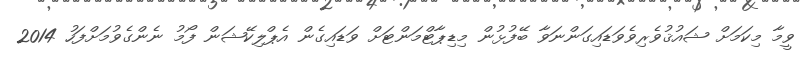
ވީމާ މިކަމަށް ޝައުޤުވެރިވެވަޑައިގަންނަވާ ބޭފުޅުން މިޑިޕާޓްމަންޓަށް ވަޑައިގެން އެޕްލިކޭޝަން ފޯމު ނެންގެވުމަށްފަހު 2014